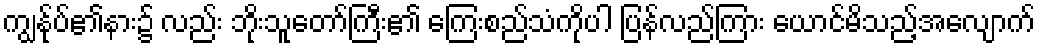
ကျွန်ုပ်၏နား၌ လည်း ဘိုးသူတော်ကြီး၏ ကြေးစည်သံကိုပါ ပြန်လည်ကြား ယောင်မိသည့်အလျောက်